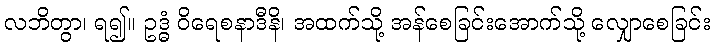
လဘိတွာ၊ ရ၍။ ဥဒ္ဓံ ဝိရေစနာဒီနိ၊ အထက်သို့ အန်စေခြင်းအောက်သို့ လျှောစေခြင်း